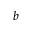
b